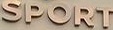
SPORT